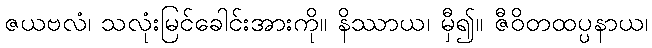
ဇယဗလံ၊ သလုံးမြင်ခေါင်းအားကို။ နိဿာယ၊ မှီ၍။ ဇီဝိတထပ္ပနာယ၊